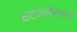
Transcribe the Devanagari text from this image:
वाटचालीनंतरही